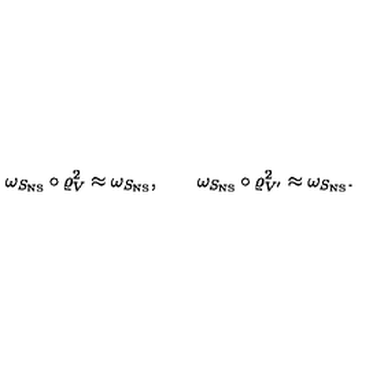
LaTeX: \omega _ { S _ { \mathrm { N S } } } \circ \varrho _ { V } ^ { 2 } \approx \omega _ { S _ { \mathrm { N S } } } , \qquad \omega _ { S _ { \mathrm { N S } } } \circ \varrho _ { V ^ { \prime } } ^ { 2 } \approx \omega _ { S _ { \mathrm { N S } } } .